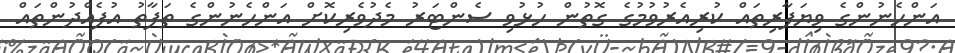
އަންހެނުންގެ ވިޔަފާރިތައް ކުރިއެރުވުމުގެ ގޮތުން ހުޅުވި ސެންޓަރު މެދުވެރިކޮށް އަންހެނުންގެ ތަފާތު އުފެއްދުންތައް